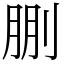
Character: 𠜳